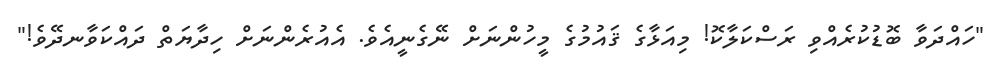
"ހައްދަވާ ބޮޑުކުރެއްވި ރަސްކަލާކޮ! މިއަޅާގެ ޤައުމުގެ މީހުންނަށް ނޭގެނީއެވެ. އެއުރެންނަށް ހިދާޔަތް ދައްކަވާނދޭވެ!"